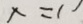
x = 1